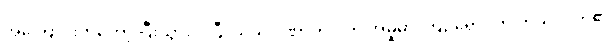
အကြောင်းကတော့ ပြီးသွားပါပြီ၊ ယခု ပါဏာတိပါတ အမှုမှာ ကြဉ်ရှောင်တဲ့ ကုသိုလ်ကံ၏